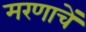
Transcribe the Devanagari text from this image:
मरणाचें